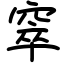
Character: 窣